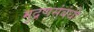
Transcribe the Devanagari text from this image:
मुद्रणसंबंधी